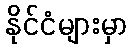
နိုင်ငံများမှာ